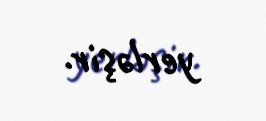
yerləşir.